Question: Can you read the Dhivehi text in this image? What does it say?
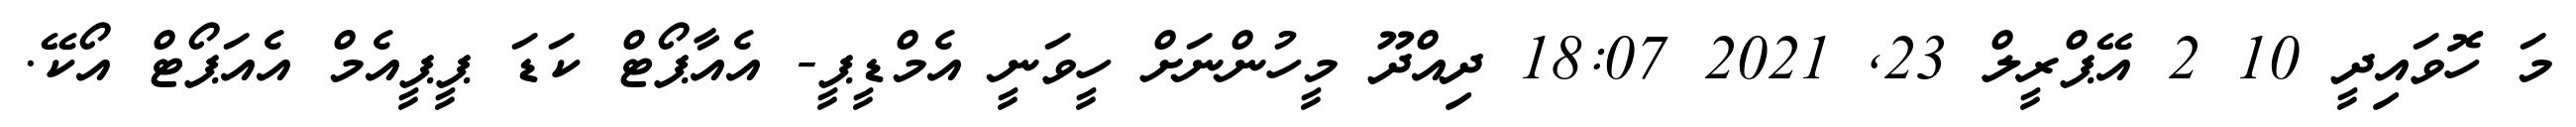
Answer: މަ ހޮވައިދީ 10 2 އޭޕްރީލް 23, 2021 18:07 ދިއްދޫ މީހުންނަށް ހީވަނީ އެމްޑީޕީ- އެއާޕޯޓް ކަޑަ ޕީޕީއެމް އެއަޕޯޓް އޯކޭ.